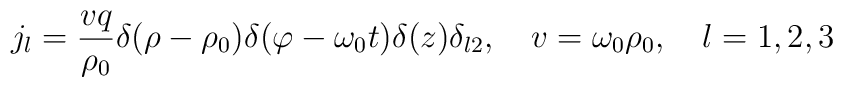
j_{l}=\frac{vq}{\rho _{0}}\delta (\rho -\rho _{0})\delta (\varphi-\omega _{0}t)\delta (z)\delta _{l2},\quad v=\omega _{0}\rho_{0},\quad l=1,2,3